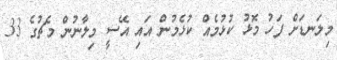
މިލަނޑަށް ފަހު މޮޅު ކުޅުމެއް ކުޅެމުން އައި އޭސީ މިލާނުން މެޗުގެ 33